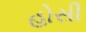
હોસી